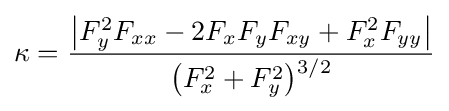
\kappa ={\frac {\left|F_{y}^{2}F_{xx}-2F_{x}F_{y}F_{xy}+F_{x}^{2}F_{yy}\right|}{{\bigl (}F_{x}^{2}+F_{y}^{2}{\bigr )}{\vphantom {'}}^{3/2}}}